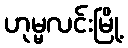
ဟုမ္မလင်းမြို့